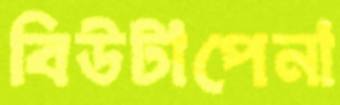
বিউটাপেনা